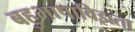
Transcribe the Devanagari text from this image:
बहुभाषाविज्ञता